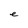
Character: e